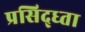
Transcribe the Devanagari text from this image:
प्रसिद्ध्ता